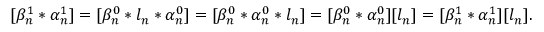
[ \beta _ { n } ^ { 1 } * \alpha _ { n } ^ { 1 } ] = [ \beta _ { n } ^ { 0 } * l _ { n } * \alpha _ { n } ^ { 0 } ] = [ \beta _ { n } ^ { 0 } * \alpha _ { n } ^ { 0 } * l _ { n } ] = [ \beta _ { n } ^ { 0 } * \alpha _ { n } ^ { 0 } ] [ l _ { n } ] = [ \beta _ { n } ^ { 1 } * \alpha _ { n } ^ { 1 } ] [ l _ { n } ] .